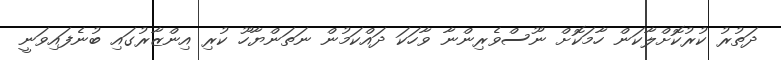
ދަތުރު ކުރުކޮށްލާކަން ހާމަކޮށް ނޫސްވެރިންނާ ވާހަކަ ދައްކަމުން ނަތަންޔާހޫ ކުރި އިންޒާރުގައި ބުނެފައިވަނީ